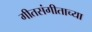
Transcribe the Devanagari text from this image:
गीतसंगीताच्या